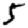
Digit: 5